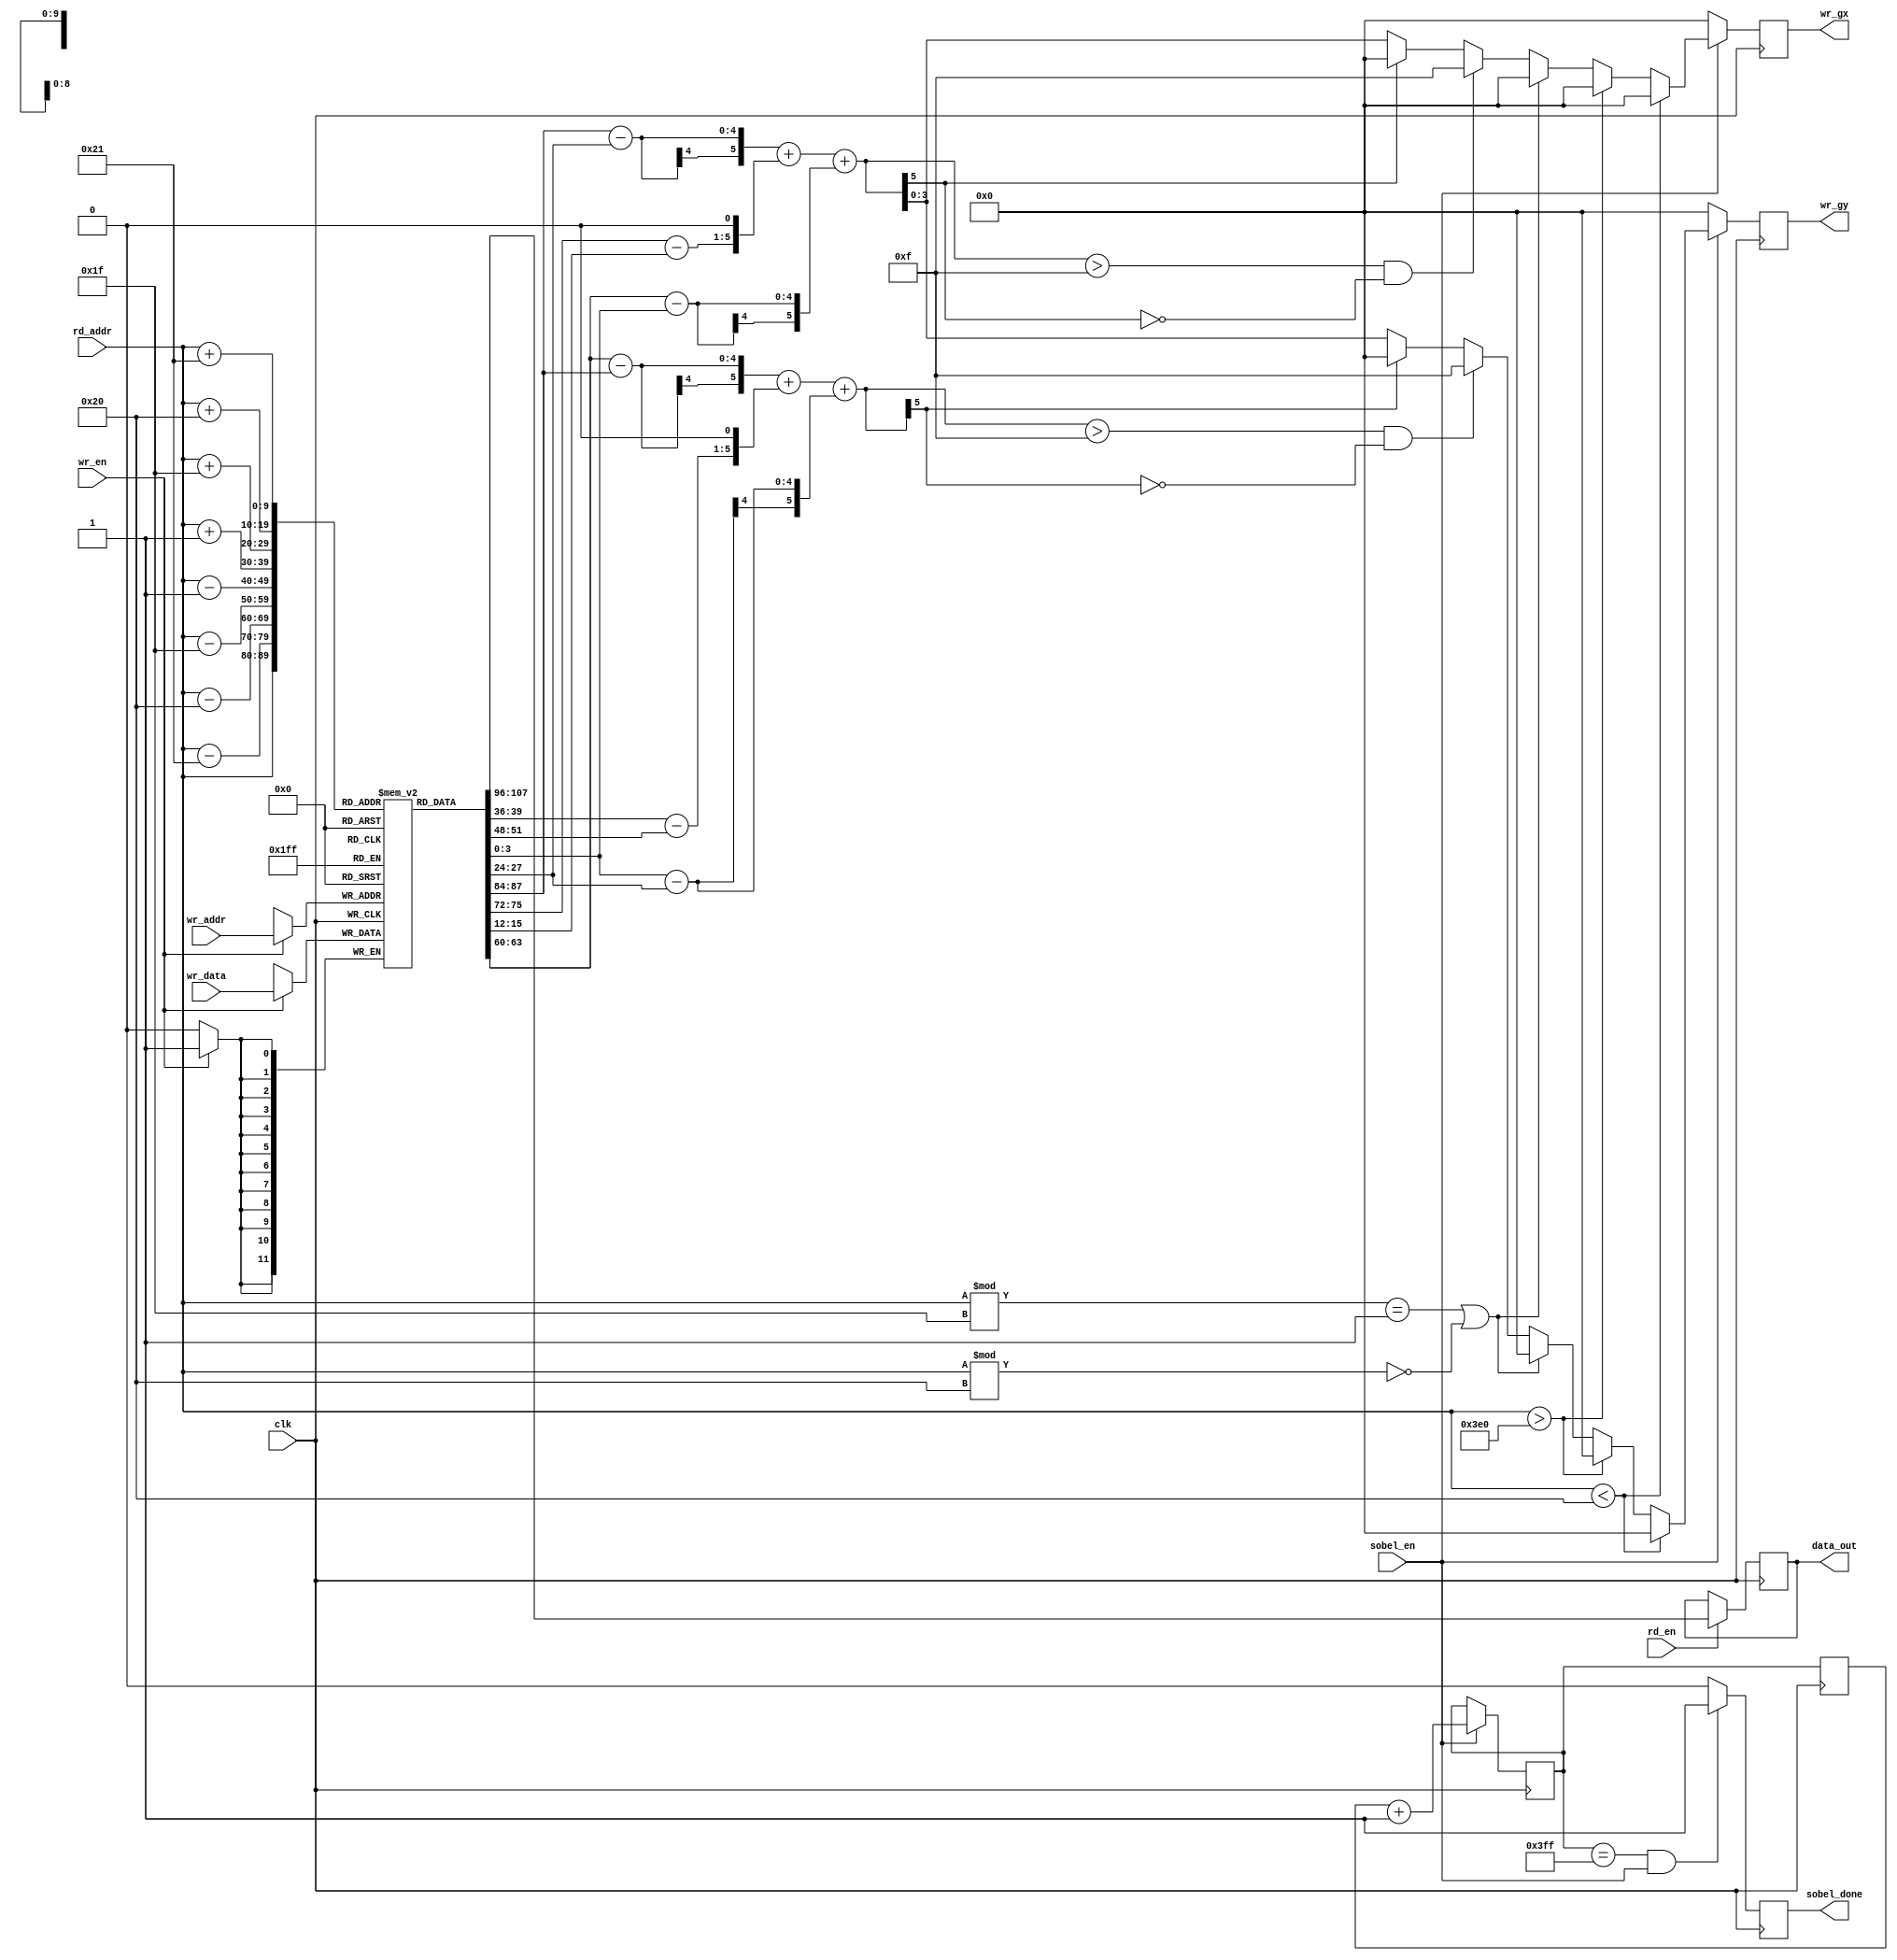
module memOp( clk, wr_en,rd_en, sobel_en, wr_addr, wr_data, rd_addr, data_out, wr_gx,  wr_gy, sobel_done);

input clk,wr_en, rd_en;

input sobel_en;
input [9:0] wr_addr; 
input [11:0] wr_data;
input [9:0] rd_addr;
output reg [11:0] data_out;
output reg  [3:0] wr_gx;
output reg [3:0] wr_gy;
output reg  sobel_done;
/// synthesis preserve signals to compiler to synthesis as dual port RAM
/// also fixed an issue where the output of the grayscale operator would not be stored since it wasn't recognized as RAM.


/* synthesis preserve */
reg [11:0] mem [0:1023] ;	
						//	         168421  
localparam thirty4 = 10'b0000_100010;
localparam thirty3 = 10'b0000_100001;
localparam thirty2 = 10'b0000_100000;
localparam thirty1 = 10'b00000_11111;
//convolution kernel for applying sobel
// we need 9 adjacent values -> output 1 pixel value

//our horizontal kernel
//reg signed x11 = 1;
//reg signed x12 = 0;
//reg signed x13 = -1;
//reg signed x21	= 2;
//reg signed x22	= 0;
//reg signed x23 = -2;
//reg signed x31 = 1;
//reg signed x32 = 0;
//reg signed x33 = -1;
 

///I wanted to implement the algorithm from within the grayScale memory as a kind of external memory algorithm.
//This consequently eliminated the need for a FIFO buffer or copious amounts of memory retrieval since the outputs could be 
//combinationally computed from within this module.

reg lock; 
 reg signed [5:0] x1, x2, x3,y1, y2, y3, temp,temp2;
 reg signed [5:0] a11, a12, a13, a21, a22, a23, a31, a32, a33;
reg [9:0] a11_addr,a12_addr, a21_addr,a23_addr  ,a13_addr, a31_addr, a32_addr, a33_addr, count_c, count;
always @(posedge clk) begin
	count = count_c;
end

always @( posedge clk ) begin
	if(count_c == 10'b11111_11111  & sobel_en == 1'b1) begin
			sobel_done = 1'b1;
		end
		else begin
			lock = 1'b0;
			sobel_done = 1'b0;
		end
		
					///n = 32, dimensions of photo
		if(sobel_en == 1'b1 ) begin
				count_c = count + 10'b00000_00001;
				if( rd_addr < thirty2) begin
					wr_gx = 4'b0000;//mem[rd_addr];
					wr_gy = 4'b0000;
	
				end else if( rd_addr > 1024 - thirty2) begin
					wr_gx = 4'b0000;//mem[rd_addr];
					wr_gy = 4'b0000;

				end else if(rd_addr % thirty1 ==  1 | rd_addr % thirty2 == 0) begin
					wr_gx = 4'b0000;
					wr_gy = 4'b0000;
				end else begin
							/// a11 				-	a31    +		//2*a12 		- 2* a32       +           	//a13 - a33
					a11_addr = rd_addr - thirty3;
					a12_addr = rd_addr - thirty2;
					a21_addr = rd_addr - 10'b00000_00001;
					a23_addr = rd_addr + 10'b00000_00001;

					a13_addr = rd_addr - thirty1;
					a31_addr = rd_addr + thirty1 ; 
					a32_addr = rd_addr + thirty2;
					a33_addr = rd_addr + thirty3;
					
					
					a11 = {2'b00, mem[a11_addr][3:0]};
					a12 = {2'b00, mem[a12_addr][3:0]};
					a13 = {2'b00, mem[a13_addr][3:0]};	
					a21 = {2'b00, mem[a21_addr][3:0]};
					a23 = {2'b00, mem[a23_addr][3:0]};
					a31 = {2'b00, mem[a31_addr][3:0]};
					a32 = {2'b00, mem[a32_addr][3:0]};
					a33 = {2'b00, mem[a33_addr][3:0]};
				
					x1 = {a11[5], a11} - {a31[5], a31};
					x2 = ({a12[5], a12} - {a32[5], a32}) << 1;
					x3 = {a13[5], a13} - {a33[5], a33};
					y1 = {a13[5], a13} - {a11[5], a11};
					y2 = ({a23[5], a23} - {a21[5], a21}) << 1;
					y3 = {a33[5], a33} - {a31[5], a31};
					
					temp = {x1[5], x1}  + {x2[5], x2} + {x3[5], x3};
					temp2 = {y1[5], y1}  + {y2[5], y2} + {y3[5], y3};

					if(temp > 6'b001111 & temp[5] == 1'b0) begin
						wr_gx = 4'b1111;
					end 
					else if( temp[5] == 1'b1) begin
						wr_gx = 4'b0000;
					end else begin
						wr_gx = {x1[5], x1}  + {x2[5], x2} + {x3[5], x3};

					end
		
					if(temp2 > 6'b001111 & temp2[5] == 1'b0) begin
						wr_gy = 4'b1111;
					end 
					else if( temp2[5] == 1'b1) begin
						wr_gy = 4'b0000;
					end else begin
						wr_gy = {x1[5], x1}  + {x2[5], x2} + {x3[5], x3};

					end
				//wr_gy = (mem[rd_addr -thirty1]- mem[rd_addr - thirty3])
			//	+ (2* mem[rd_addr - 10'b00000_00001] - 2*mem[rd_addr + 10'b00000_00001]) 
			//	+ (mem[rd_addr + thirty3] - mem[rd_addr - thirty1]); 

			end
		end/// if we are not using the operator, set to 0 to keep quartus from inferring
		else begin
			wr_gx = 4'b0000;
			wr_gy = 4'b0000;
		end
end

///if at boundary, use 0 padding

//for each pixel at addr_gen, computer horizontal and vertical outputs


//for each output, clamp outputs to 0 if < 0 , saturate to 255 if > 255

// if at end, assert sobel_done high


/// 1 1 1  1 1 1 1  1 1 
// 1
// 1
// 1

always @(posedge clk) begin

	if( wr_en == 1'b1) begin
		mem[wr_addr] <= wr_data;  // wr_addr 0 - 3 
	end
	if( rd_en == 1'b1) begin
		data_out = mem[rd_addr];
	end
end

//assign data_out = mem[rd_addr];


endmodule